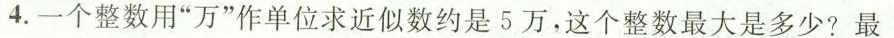
4.一个整数用”万”作单位求近似数约是5万，这个整数最大是多少?最